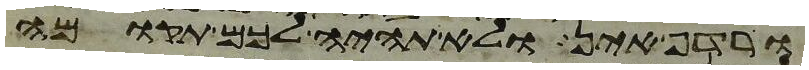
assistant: ורדף אין ולא תהיה לכם תקומה